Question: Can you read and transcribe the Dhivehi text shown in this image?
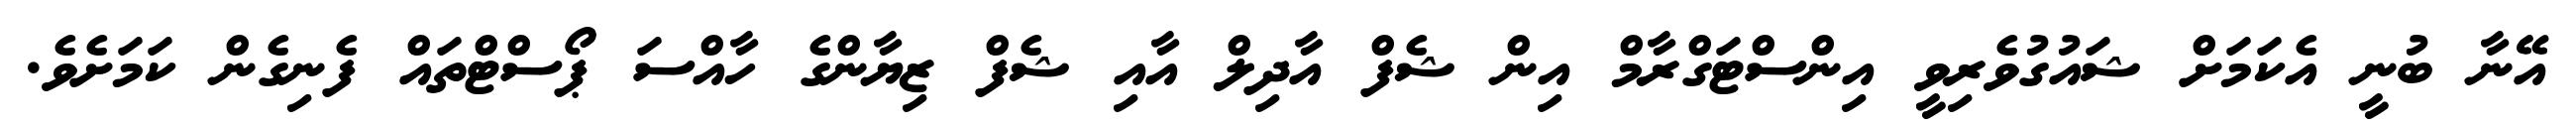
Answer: އޭނާ ބުނީ އެކަމަށް ޝައުގުވެރިވީ އިންސްޓަގްރާމް އިން ޝެފް އާދިލް އާއި ޝެފް ޒިޔާންގެ ހާއްސަ ޕޯސްޓްތައް ފެނިގެން ކަމަށެވެ.